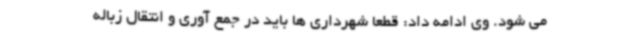
می شود. وی ادامه داد: قطعا شهرداری ها باید در جمع آوری و انتقال زباله